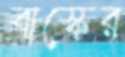
বাস্কের